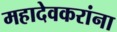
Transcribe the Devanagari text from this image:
महादेवकरांना